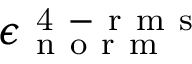
\epsilon _ { \mathrm { ~ n ~ o ~ r ~ m ~ } } ^ { \mathrm { ~ 4 ~ - ~ r ~ m ~ s ~ } }